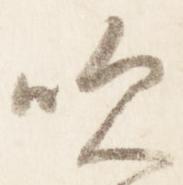
吹